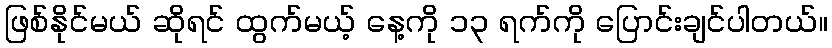
ဖြစ်နိုင်မယ် ဆိုရင် ထွက်မယ့် နေ့ကို ၁၃ ရက်ကို ပြောင်းချင်ပါတယ်။